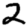
Digit: 2